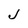
Character: J